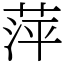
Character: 萍